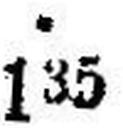
135